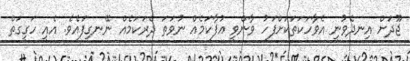
ޖޫދަށް އިނދެވުނީ އެވާހަކަތަކަށްފަހު ވާންވީ އުފާކަމެއް ނުވަތަ ދެރަކަމެއް ނޭނގިފައެވެ. އެއީ ހަގީގަތް